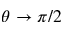
\theta \to \pi / 2